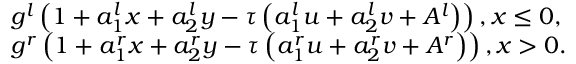
\begin{array} { r l } & { { { g } ^ { l } } \left( 1 + a _ { 1 } ^ { l } x + a _ { 2 } ^ { l } y - \tau \left( a _ { 1 } ^ { l } u + a _ { 2 } ^ { l } v + { { A } ^ { l } } \right) \right) , x \le 0 , } \\ & { { { g } ^ { r } } \left( 1 + a _ { 1 } ^ { r } x + a _ { 2 } ^ { r } y - \tau \left( a _ { 1 } ^ { r } u + a _ { 2 } ^ { r } v + { { A } ^ { r } } \right) \right) , x > 0 . } \end{array}